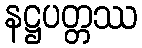
နဋ္ဌပတ္တဿ